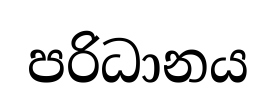
පරිධානය